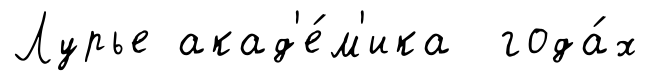
Лурье акад'е́м'ика года́х